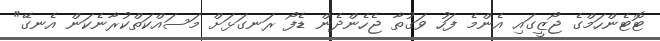
ޓޮޓެންހަމްގެ ޖޯޒީގައި އެންމެ ފަހު ވަގުތާ ޖެހެންދެން ޑެފޯ ރަނގަޅަށް މަސައްކަތްކުރާނެކަން އެނގޭ"